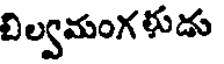
బిల్వమంగ ళుడు